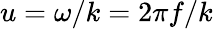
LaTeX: u=\omega/k=2\pi f/k